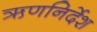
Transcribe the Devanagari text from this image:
ऋणनिर्देश